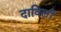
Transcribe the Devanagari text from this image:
दाविलीं